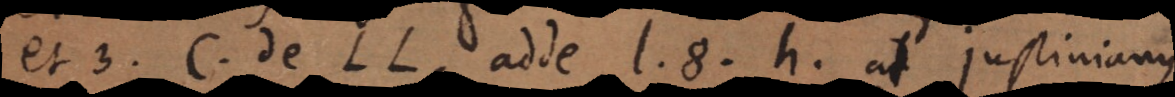
et 3. Cod. de LL., adde l. 8. h., at Justinianus